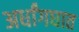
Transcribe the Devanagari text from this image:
अर्धांगघात